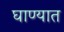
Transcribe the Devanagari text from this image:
घाण्यात